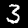
Label: 3